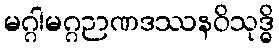
မဂ္ဂါမဂ္ဂဉာဏဒဿနဝိသုဒ္ဓိ